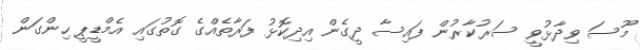
މޫސަ ވިދާޅުވީ ސަރުކާރުން ފައިސާ ދީގެން އިދިކޮޅު ފަރާތެއްގެ ގޮތުގައި އެމްޑީޕީ ހިންގަން